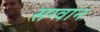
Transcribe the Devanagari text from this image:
सग्वान